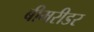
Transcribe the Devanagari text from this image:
बीमरीडर